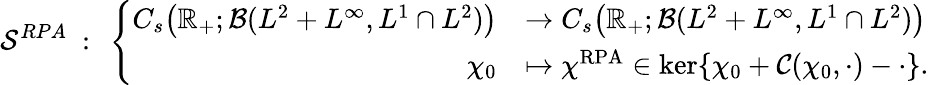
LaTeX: \mathcal{S}^{RPA}\ :\ \left\lbrace\begin{array}{rl}{C_{s}\bigr(\mathbb{R}_{+};\mathcal{B}(L^{2}+L^{\infty},L^{1}\cap L^{2})\bigr)}&{\rightarrow C_{s}\bigr(\mathbb{R}_{+};\mathcal{B}(L^{2}+L^{\infty},L^{1}\cap L^{2})\bigr)}\\ {\chi_{0}}&{\mapsto\chi^{\mathrm{RPA}}\in\ker\{ \chi_{0}+\mathcal{C}(\chi_{0},\cdot)-\cdot\} .}\end{array}\right.